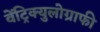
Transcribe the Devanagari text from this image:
वेंट्रिक्युलोग्राफी